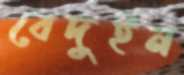
বেদুইন